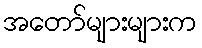
အတော်များများက